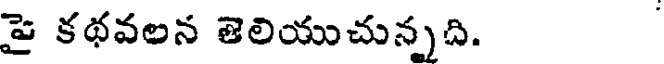
పై కథవలన తెలియుచున్నది.